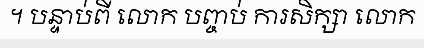
។ បន្ទាប់ពី លោក បញ្ចប់ ការសិក្សា លោក